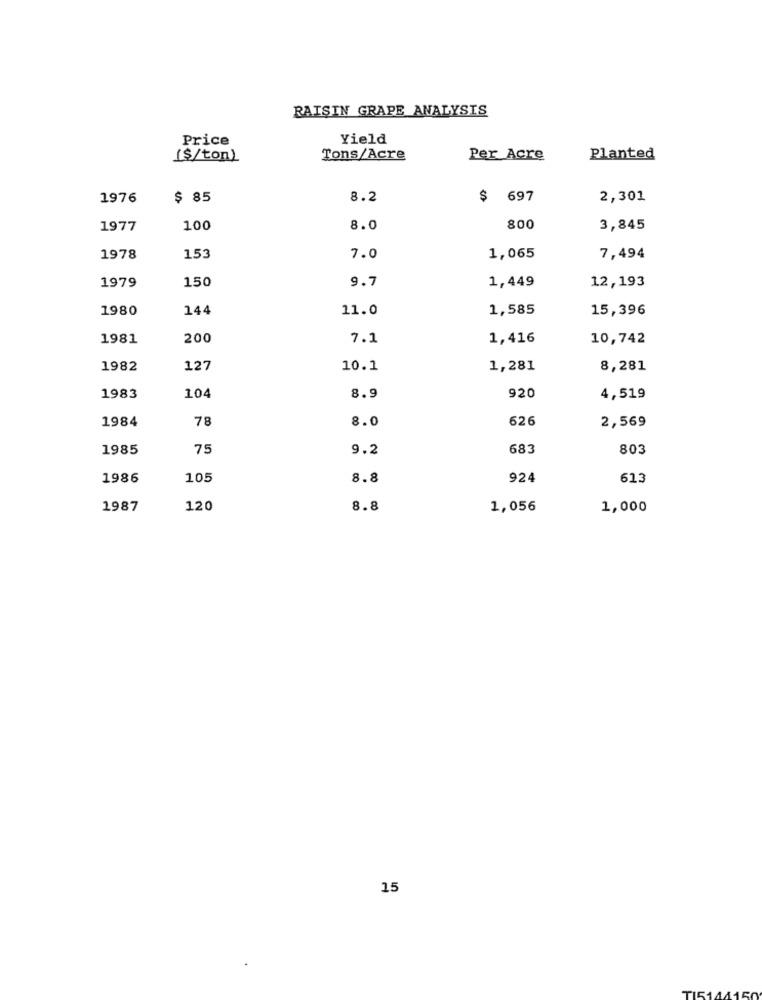
RAISIN GRAPE ANALYSIS
Price
Yield
($/ton)
Tons/Acre
Per Acre
Planted
1976
$ 85
8.2
$ 697
2,301
1977
100
8.0
800
3,845
1978
153
7.0
1,065
7,494
1979
150
9.7
12,193
1,449
1980
144
11.0
1,585
15,396
1981
200
7.1
1,416
10,742
1982
127
10.1
1,281
8,281
1983
104
8.9
920
4,519
1984
78
8.0
626
2,569
1985
75
9.2
683
803
1986
105
8.8
924
613
1987
120
8.8
1,056
1,000
15